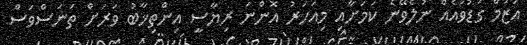
އަޒުމް ގުޑުވައެއް ނުލެވޭނެ ކަމަށާއި މިއަހަރު އޮންނަ ރިޔާސީ އިންތިޚާބު ވަރަށް ތަނަސްވަސް